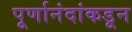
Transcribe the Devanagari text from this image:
पूर्णानंदांकडून